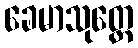
ခေမာသုတ္တေ